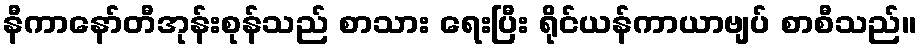
နီကာနော်တီအုန်းစုန်သည် စာသား ရေးပြီး ရိုင်ယန်ကာယာဗျပ် စာစီသည်။